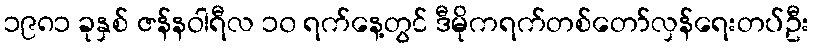
၁၉၈၁ ခုနှစ် ဇန်နဝါရီလ ၁၀ ရက်နေ့တွင် ဒီမိုကရက်တစ်တော်လှန်ရေးတပ်ဦး